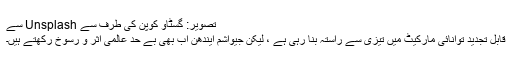
تصویر: گسٹاو کوپن کی طرف سے Unsplash سے
قابل تجدید توانائی مارکیٹ میں تیزی سے راستہ بنا رہی ہے ، لیکن جیواشم ایندھن اب بھی بے حد عالمی اثر و رسوخ رکھتے ہیں۔